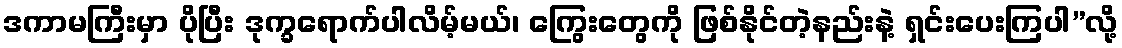
ဒကာမကြီးမှာ ပိုပြီး ဒုက္ခရောက်ပါလိမ့်မယ်၊ ကြွေးတွေကို ဖြစ်နိုင်တဲ့နည်းနဲ့ ရှင်းပေးကြပါ”လို့